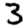
Digit: 3